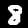
Label: 8